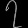
Digit: ၇